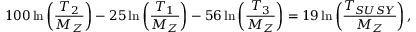
1 0 0 \ln \left( \frac { T _ { 2 } } { M _ { Z } } \right) - 2 5 \ln \left( \frac { T _ { 1 } } { M _ { Z } } \right) - 5 6 \ln \left( \frac { T _ { 3 } } { M _ { Z } } \right) = 1 9 \ln \left( \frac { T _ { S U S Y } } { M _ { Z } } \right) ,